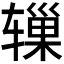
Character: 𬨓